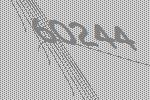
60244